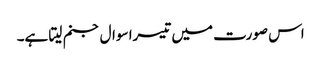
اس صورت میں تیسرا سوال جنم لیتا ہے۔